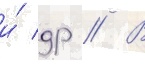
и́ др // В